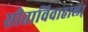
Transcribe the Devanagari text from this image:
सीताविवाहाला